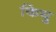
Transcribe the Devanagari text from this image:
कियु